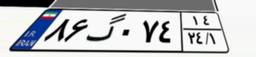
۳۸گ۴۸۹۰۷